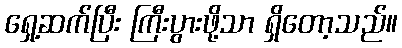
ရှေ့ဆက်ပြီး ကြီးပွားဖို့သာ ရှိတော့သည်။